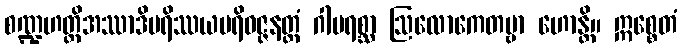
စဏ္ဍဟတ္ထိအဿာဒိပရိဿယပရိဝဇ္ဇနတ္ထံ ဂါမရစ္ဆာ ဩလောကေတဗ္ဗာ ဟောန္တိ။ ဣစ္စေတံ